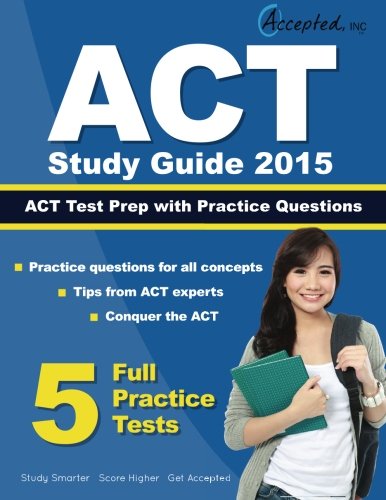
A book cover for ACT Study Guide 2015: ACT Prep and Practice Questions; ACT Study Guide 2015 Team; Test Preparation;